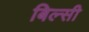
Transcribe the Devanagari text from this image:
बिल्‍सी